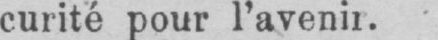
curité pour l’avenir.